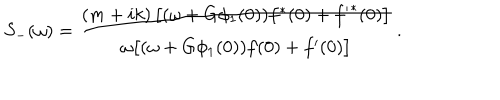
LaTeX: S _ { - } ( \omega ) = \frac { ( m + i k ) \left[ ( \omega + G \phi _ { 1 } ( 0 ) ) f ^ { \ast } ( 0 ) + { f ^ { \prime } } ^ { \ast } ( 0 ) \right] } { \omega \bigl [ ( \omega + G \phi _ { 1 } ( 0 ) ) f ( 0 ) + { f ^ { \prime } } ( 0 ) \bigr ] } \, .